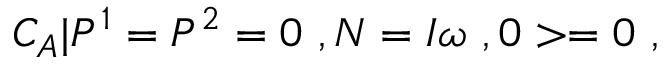
{ \cal C } _ { A } | P ^ { 1 } = P ^ { 2 } = 0 \ , N = I \omega \ , 0 > = 0 \ ,